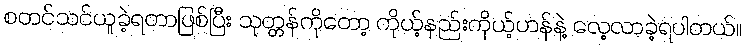
စတင်သင်ယူခဲ့ရတာဖြစ်ပြီး သုတ္တန်ကိုတော့ ကိုယ့်နည်းကိုယ့်ဟန်နဲ့ လေ့လာခဲ့ရပါတယ်။